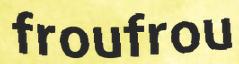
froufrou